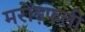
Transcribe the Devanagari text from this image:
मरोड़फली